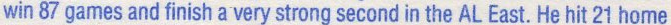
win 87 games and finish a very strong second in the AL East. He hit 21 home